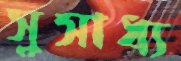
সুসাধ্য